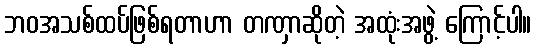
ဘဝအသစ်ထပ်ဖြစ်ရတာဟာ တဏှာဆိုတဲ့ အထုံးအဖွဲ့ ကြောင့်ပါ။